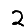
Digit: 2